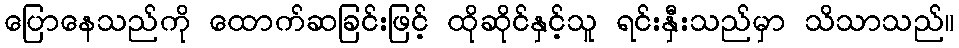
ပြောနေသည်ကို ထောက်ဆခြင်းဖြင့် ထိုဆိုင်နှင့်သူ ရင်းနှီးသည်မှာ သိသာသည်။